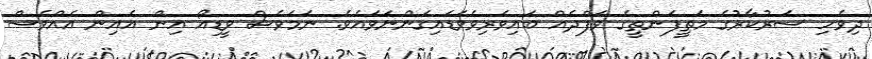
ދިވެހި ސަރުކާރުގެ މަތީފަންތީގެ ވަފްދެއް ބައިވެރިވެވަޑައިގަންނަވައެވެ. ނަމަވެސް ވީޑިއޯ އިން އެއިން އެއްވެސް